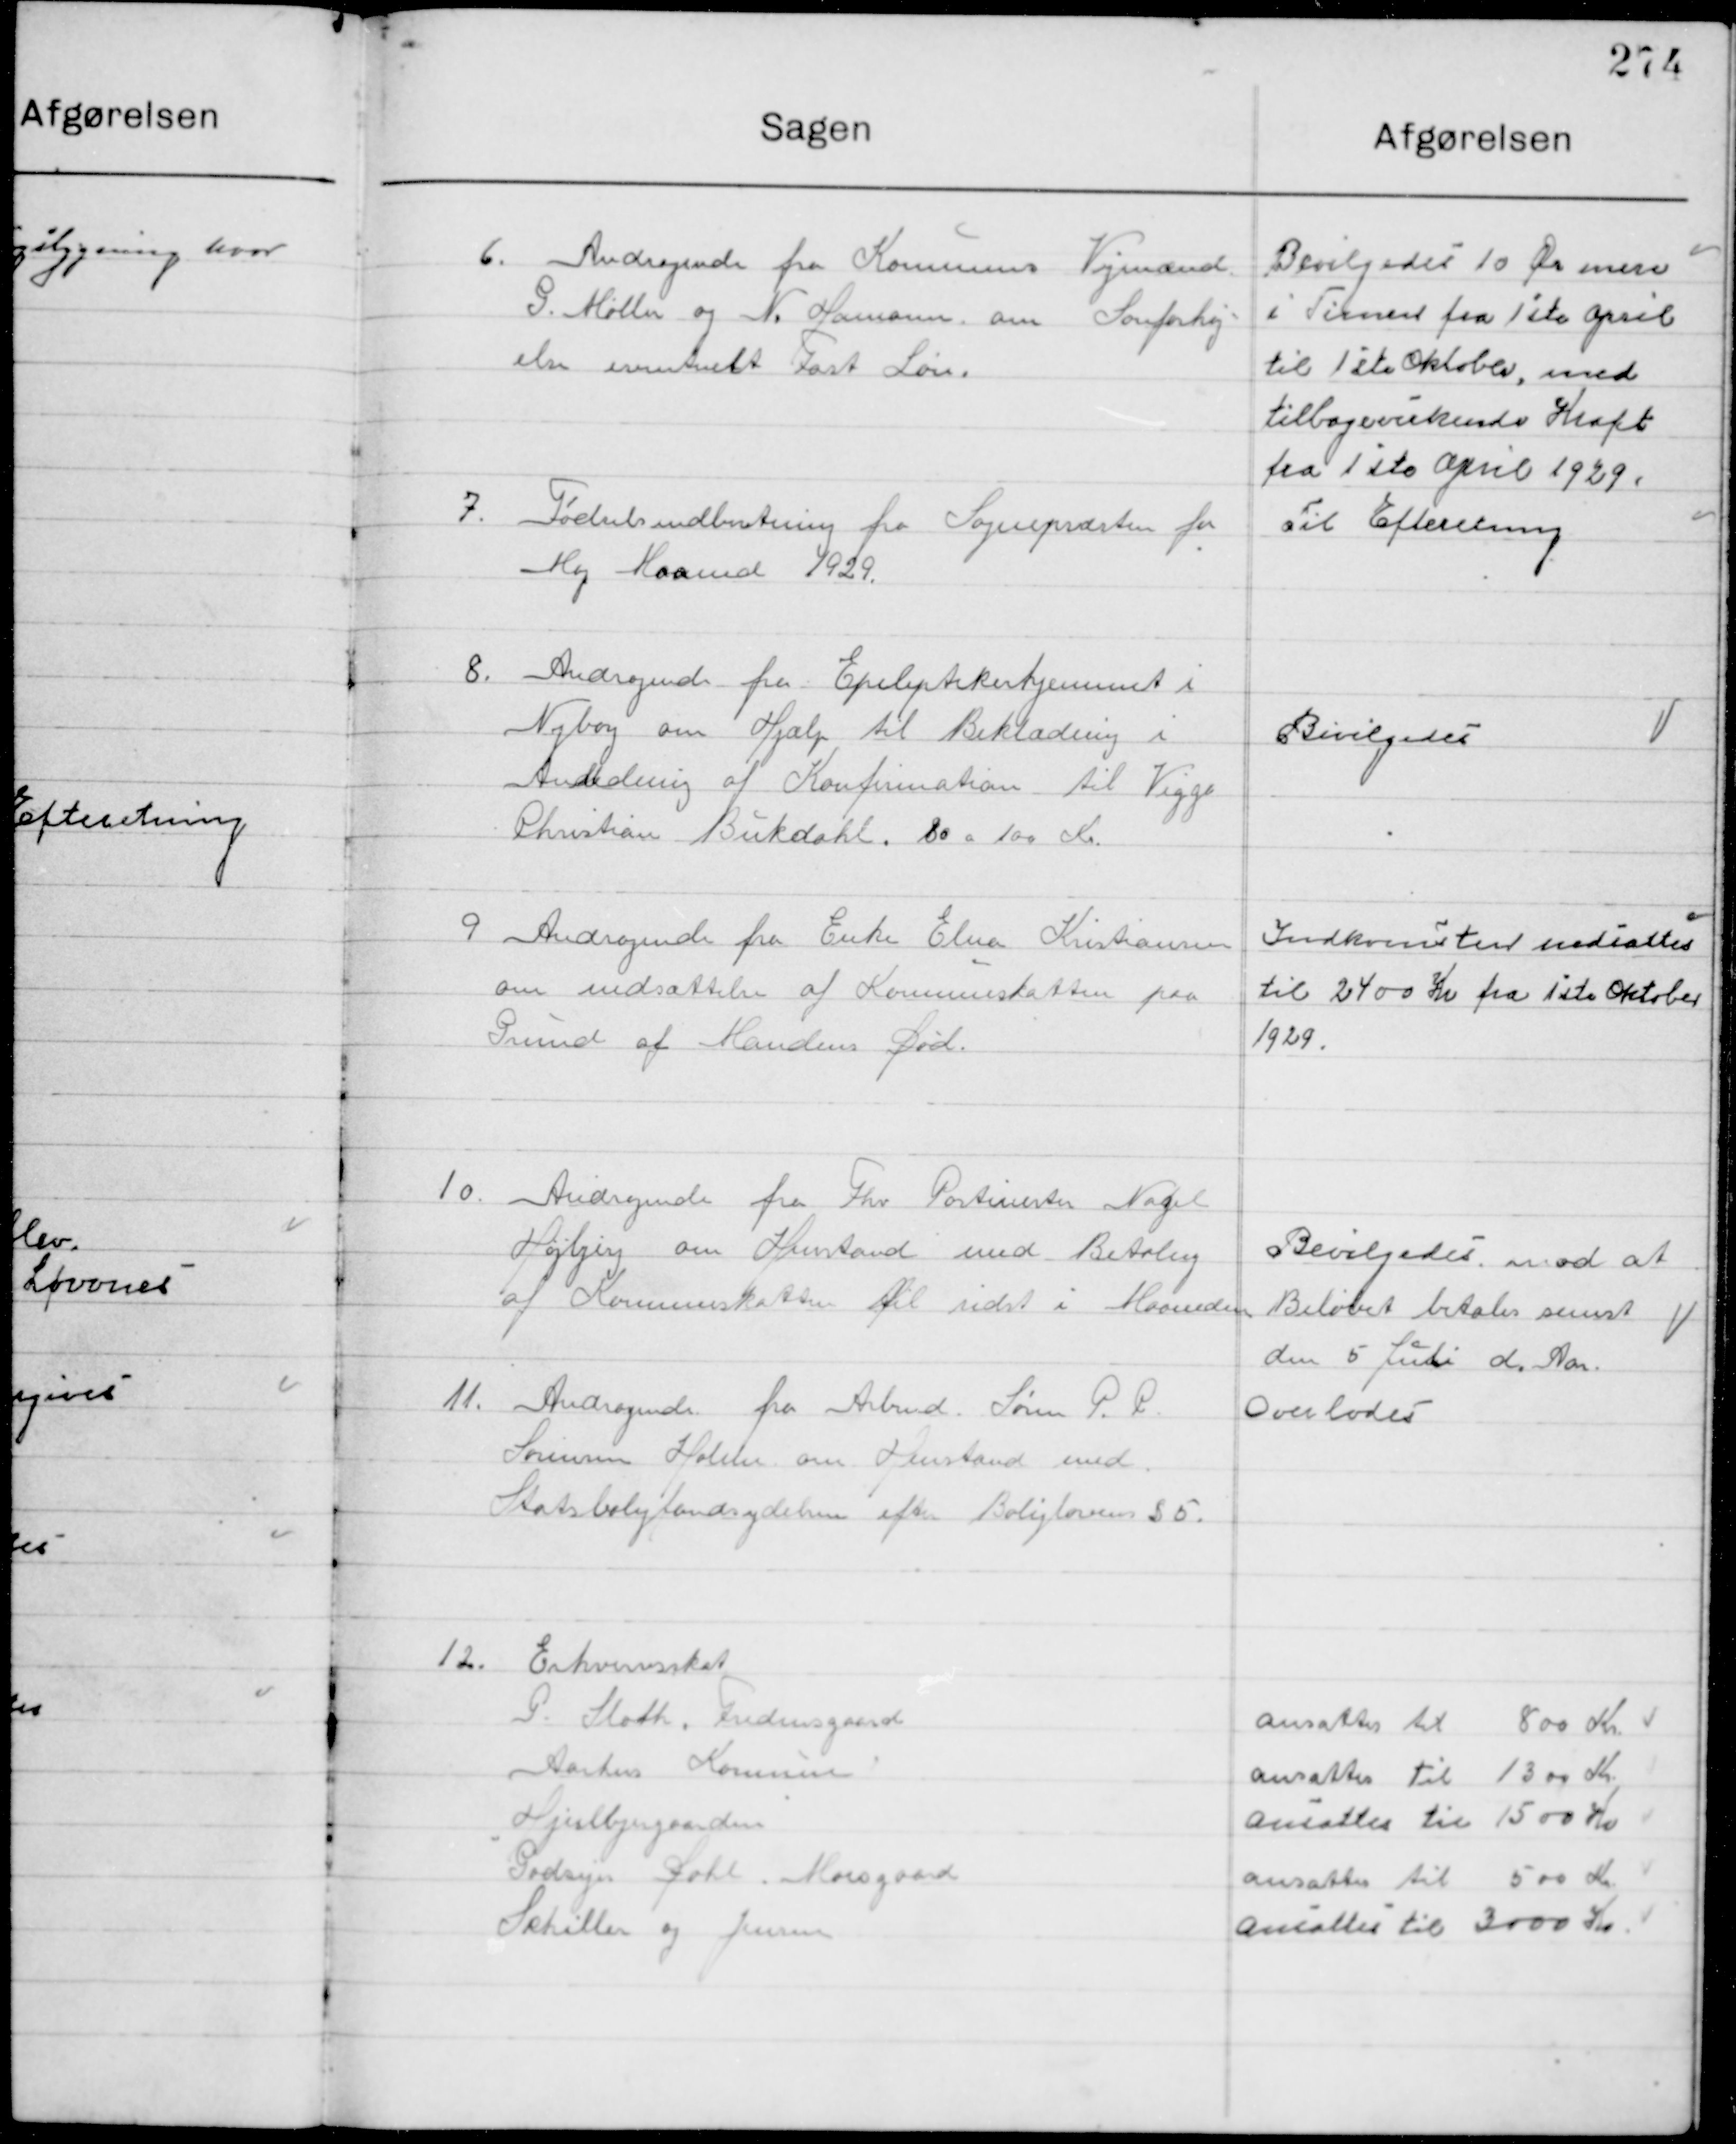
Transskription:
6

Andragende fra Kommunens Vejmænd
G. Møller og N. Hansen om Lønforhøj-
else eventuelt Fast Løn.

Bevilgedes 10 Øre mere
i Timen fra 1ste April
til 1ste Oktober, med
tilbagevirkende Kraft
fra 1ste April 1929

7

Fødselsindberetning fra Sognepræsten for
Maj Maaned 1929

Til Efterretning

8

Andragende fra Epileptikerhjemmet i
Nyborg om Hjælp til Beklædning i 
Anledning af konfirmation til Viggo
Christian Bukdahl. 80 a 100 Kr.

Bevilgedes

9

Andragende fra Enke Elna Kristiansen
Om udsættelse af Kommuneskatten paa
Grund af Mandens Død.

Indkomsterne nedsattes
til 2400 Kr. fra 1ste Oktober
1929

10

Andragende fra Fhv. Postmester Nagel
Højbjerg om Henstand med Betaling
Af Kommuneskatten til sidst i Maaneden

Bevilgedes mod at
Beløbet betales senest
den 5 Juli d. Aar

11

Andragende fra Arbmd. Søren P. P.
Sørensen Holme om Henstand med
Statsboligfondsydelsen efter Boligloven § 5.

Overlodes

12

Erhvervsskat
P. Sloth. Fredensgaard
Aarhus Kommune
Hjulbjergaarden
Godsejer Sohl. Mosgaard
Schiller og Jensen

Ansattes til 800 Kr.
Ansattes til 1300 Kr.
Ansattes til 1500 Kr.
Ansattes til 500 Kr.
Ansattes til 3000 Kr.